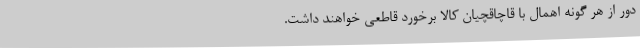
دور از هر گونه اهمال با قاچاقچیان کالا برخورد قاطعی خواهند داشت.